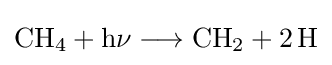
{\mathrm {CH} {\vphantom {A}}_{\smash[{t}]{4}}{}+{}\mathrm {h\nu } {}\mathrel {\longrightarrow } {}\mathrm {CH} {\vphantom {A}}_{\smash[{t}]{2}}{}+{}2\,\mathrm {H} }